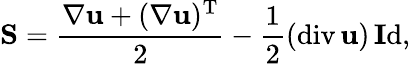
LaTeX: \mathrm{\mathbf S}=\frac{\nabla{\mathbf u}+(\nabla{\mathbf u})^{\mathrm{T}}}{2}-\frac{1}{2}(\mathrm{div}\, {\mathbf u})\, \mathrm{\mathbf Id},